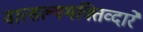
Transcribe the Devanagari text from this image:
वात्सल्यभक्तिव्दारे